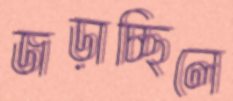
জড়াচ্ছিলে